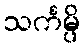
သင်္ကမ္ပိ